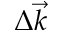
\Delta \vec { k }